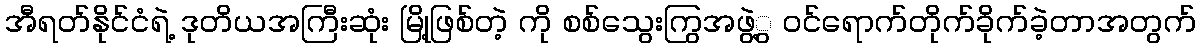
အီရတ်နိုင်ငံရဲ့ ဒုတိယအကြီးဆုံး မြို့ဖြစ်တဲ့ ကို စစ်သွေးကြွအဖွဲ့ွ ဝင်ရောက်တိုက်ခိုက်ခဲ့တာအတွက်